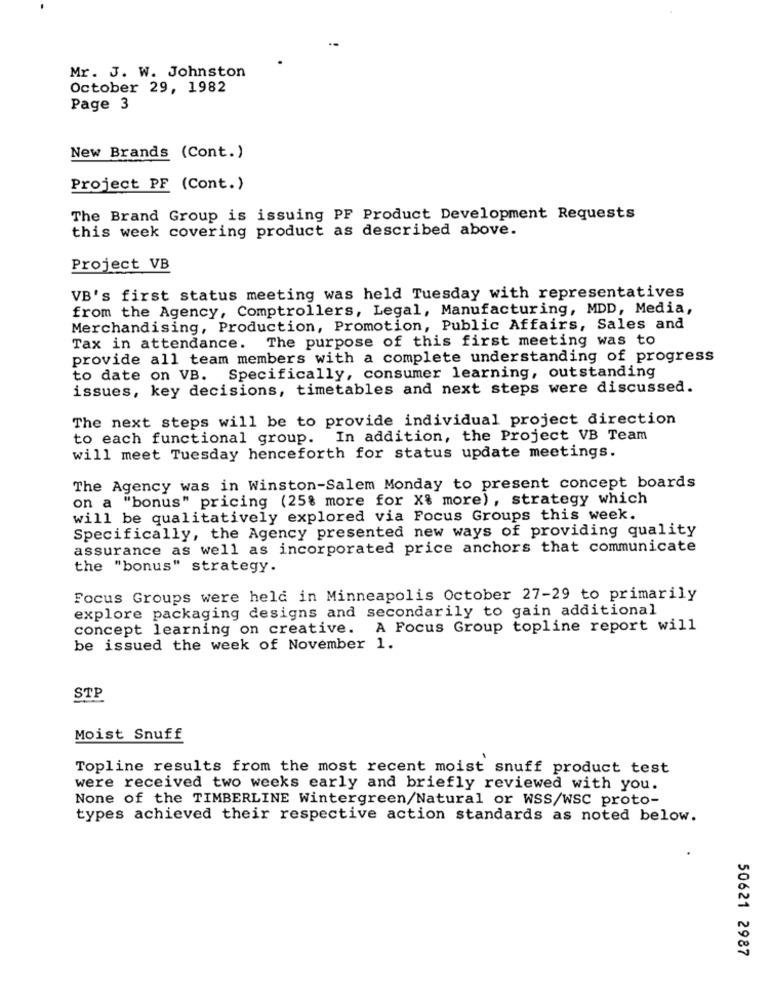
Mr. J. W. Johnston
October 29, 1982
Page 3
New Brands (Cont.)
Project PF (Cont.)
The Brand Group is issuing PF Product Development Requests
this week covering product as described above.
Project VB
VB's first status meeting was held Tuesday with representatives
from the Agency, Comptrollers, Legal, Manufacturing, MDD, Media,
Merchandising, Production, Promotion, Public Affairs, Sales and
Tax in attendance. The purpose of this first meeting was to
provide all team members with a complete understanding of progress
to date on VB. Specifically, consumer learning, outstanding
issues, key decisions, timetables and next steps were discussed.
The next steps will be to provide individual project direction
to each functional group. In addition, the Project VB Team
will meet Tuesday henceforth for status update meetings.
The Agency was in Winston-Salem Monday to present concept boards
on a "bonus" pricing (25% more for X% more), strategy which
will be qualitatively explored via Focus Groups this week.
Specifically, the Agency presented new ways of providing quality
assurance as well as incorporated price anchors that communicate
the "bonus" strategy.
Focus Groups were held in Minneapolis October 27-29 to primarily
explore packaging designs and secondarily to gain additional
concept learning on creative. A Focus Group topline report will
be issued the week of November 1.
STP
Moist Snuff
Topline results from the most recent moist snuff product test
were received two weeks early and briefly reviewed with you.
None of the TIMBERLINE Wintergreen/Natural or WSS/wSC proto-
types achieved their respective action standards as noted below.
50621 2987